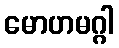
မောဟမဂ္ဂါ